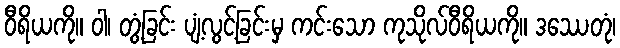
ဝီရိယကို။ ဝါ၊ တွံ့ခြင်း ပျံ့လွင့်ခြင်းမှ ကင်းသော ကုသိုလ်ဝီရိယကို။ ဒဿေတုံ၊